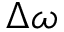
\Delta \omega